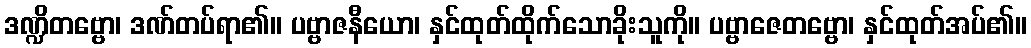
ဒဏ္ဍိတဗ္ဗော၊ ဒဏ်တပ်ရာ၏။ ပဗ္ဗာဇနီယော၊ နှင်ထုတ်ထိုက်သောခိုးသူကို။ ပဗ္ဗာဇေတဗ္ဗော၊ နှင်ထုတ်အပ်၏။